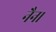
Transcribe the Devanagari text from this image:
नैन।